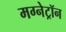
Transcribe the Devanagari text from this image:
मग्नेट्रॉन